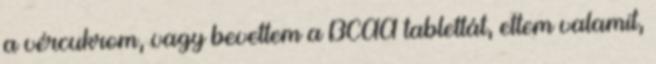
a vércukrom, vagy bevettem a BCAA tablettát, ettem valamit,